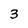
Character: 3